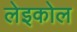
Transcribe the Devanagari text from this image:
लेइकोल